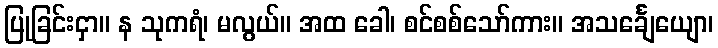
ပြုခြင်းငှာ။ န သုကရံ၊ မလွယ်။ အထ ခေါ၊ စင်စစ်သော်ကား။ အသင်္ချေယျော၊